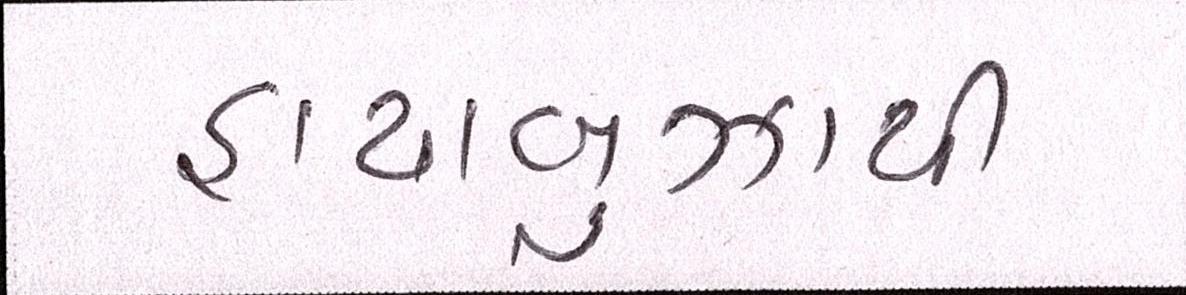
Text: હાયાબુઝાથી